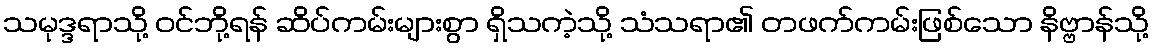
သမုဒ္ဒရာသို့ ဝင်ဘို့ရန် ဆိပ်ကမ်းများစွာ ရှိသကဲ့သို့ သံသရာ၏ တဖက်ကမ်းဖြစ်သော နိဗ္ဗာန်သို့